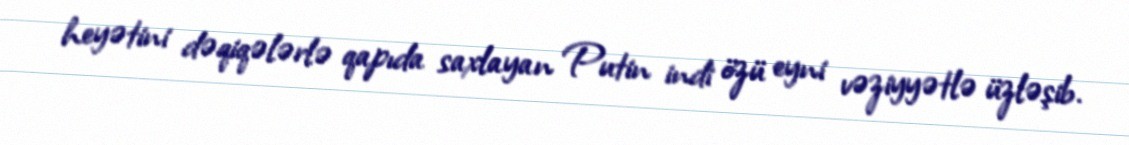
heyətini dəqiqələrlə qapıda saxlayan Putin indi özü eyni vəziyyətlə üzləşib.